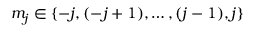
m _ { j } \in \{ - j , ( - j + 1 ) , \ldots , ( j - 1 ) , j \}